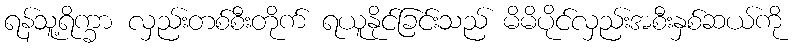
ရန်သူ့ရိက္ခာ လှည်းတစ်စီးတိုက် ရယူနိုင်ခြင်းသည် မိမိပိုင်လှည်းအစီးနှစ်ဆယ်ကို